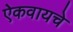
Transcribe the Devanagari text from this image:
ऐकवायचे